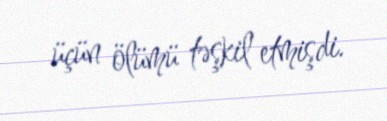
üçün ölümü təşkil etmişdi.